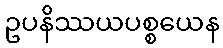
ဥပနိဿယပစ္စယေန